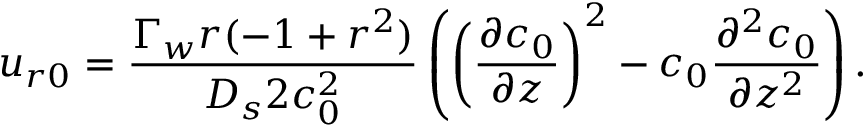
u _ { r 0 } = \frac { \Gamma _ { w } r ( - 1 + r ^ { 2 } ) } { D _ { s } 2 c _ { 0 } ^ { 2 } } \left( \left( \frac { \partial c _ { 0 } } { \partial z } \right) ^ { 2 } - c _ { 0 } \frac { \partial ^ { 2 } c _ { 0 } } { \partial z ^ { 2 } } \right) .